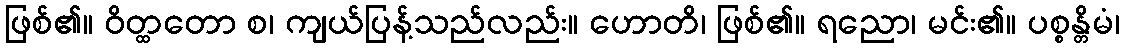
ဖြစ်၏။ ဝိတ္ထတော စ၊ ကျယ်ပြန့်သည်လည်း။ ဟောတိ၊ ဖြစ်၏။ ရညော၊ မင်း၏။ ပစ္စန္တိမံ၊